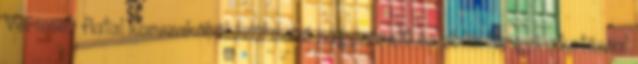
Vermeer fiatal korszakából származó nagyméretű és bibliai tárgyú alkotással